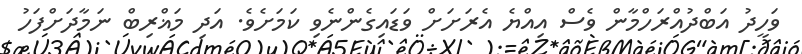
ވަހީދު އަބްދުއްރަހްމާން ވެސް އިއްޔެ އެރަށަށް ވަޑައިގެންނެވި ކަމަށެވެ. އަދި މަޣްރިބް ނަމާދަށްފަހު